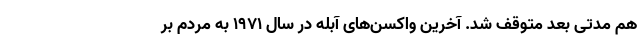
هم مدتی بعد متوقف شد. آخرین واکسن‌های آبله در سال ۱۹۷۱ به مردم بر